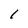
Character: I